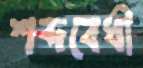
শব্দবেধী